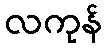
လကုန်